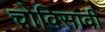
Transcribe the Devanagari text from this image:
चोविसावी